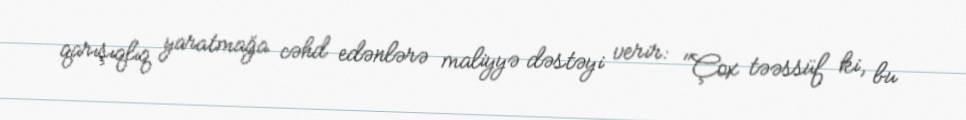
qarışıqlıq yaratmağa cəhd edənlərə maliyyə dəstəyi verir: "Çox təəssüf ki, bu